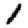
Digit: 1